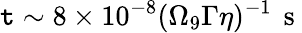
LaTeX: \mathtt{t}\sim8\times10^{-8}(\Omega_{9}\Gamma\eta)^{-1}\, \mathrm{{~s~}}